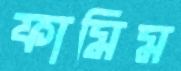
ফামিম